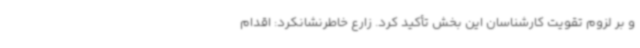
و بر لزوم تقویت کارشناسان این بخش تأکید کرد. زارع خاطرنشانکرد: اقدام